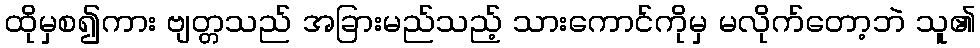
ထိုမှစ၍ကား ဗျတ္တသည် အခြားမည်သည့် သားကောင်ကိုမှ မလိုက်တော့ဘဲ သူ၏